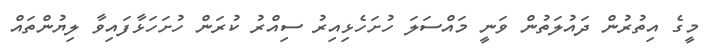
މީގެ އިތުރުން ދައުލަތުން ވަނީ މައްސަލަ ހުށަހެޅިއިރު ސިއްރު ކުރަން ހުށަހަޅާފައިވާ ލިޔުންތައް